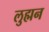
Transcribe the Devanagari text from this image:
लुह्मन